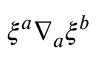
{ \xi } ^ { a } { \nabla } _ { a } { \xi } ^ { b }